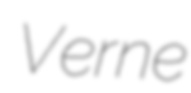
Verne